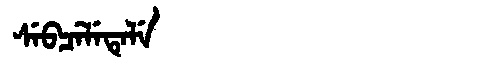
Manchu: ᠰᡝᠪᠴᡝᠯᡝᡨᡝᠯᡝ
Romanization: SEBCELETELE